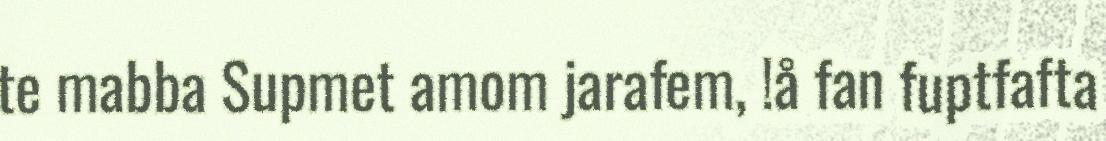
te mabba Supmet amom jarafem, !å fan fuptfafta